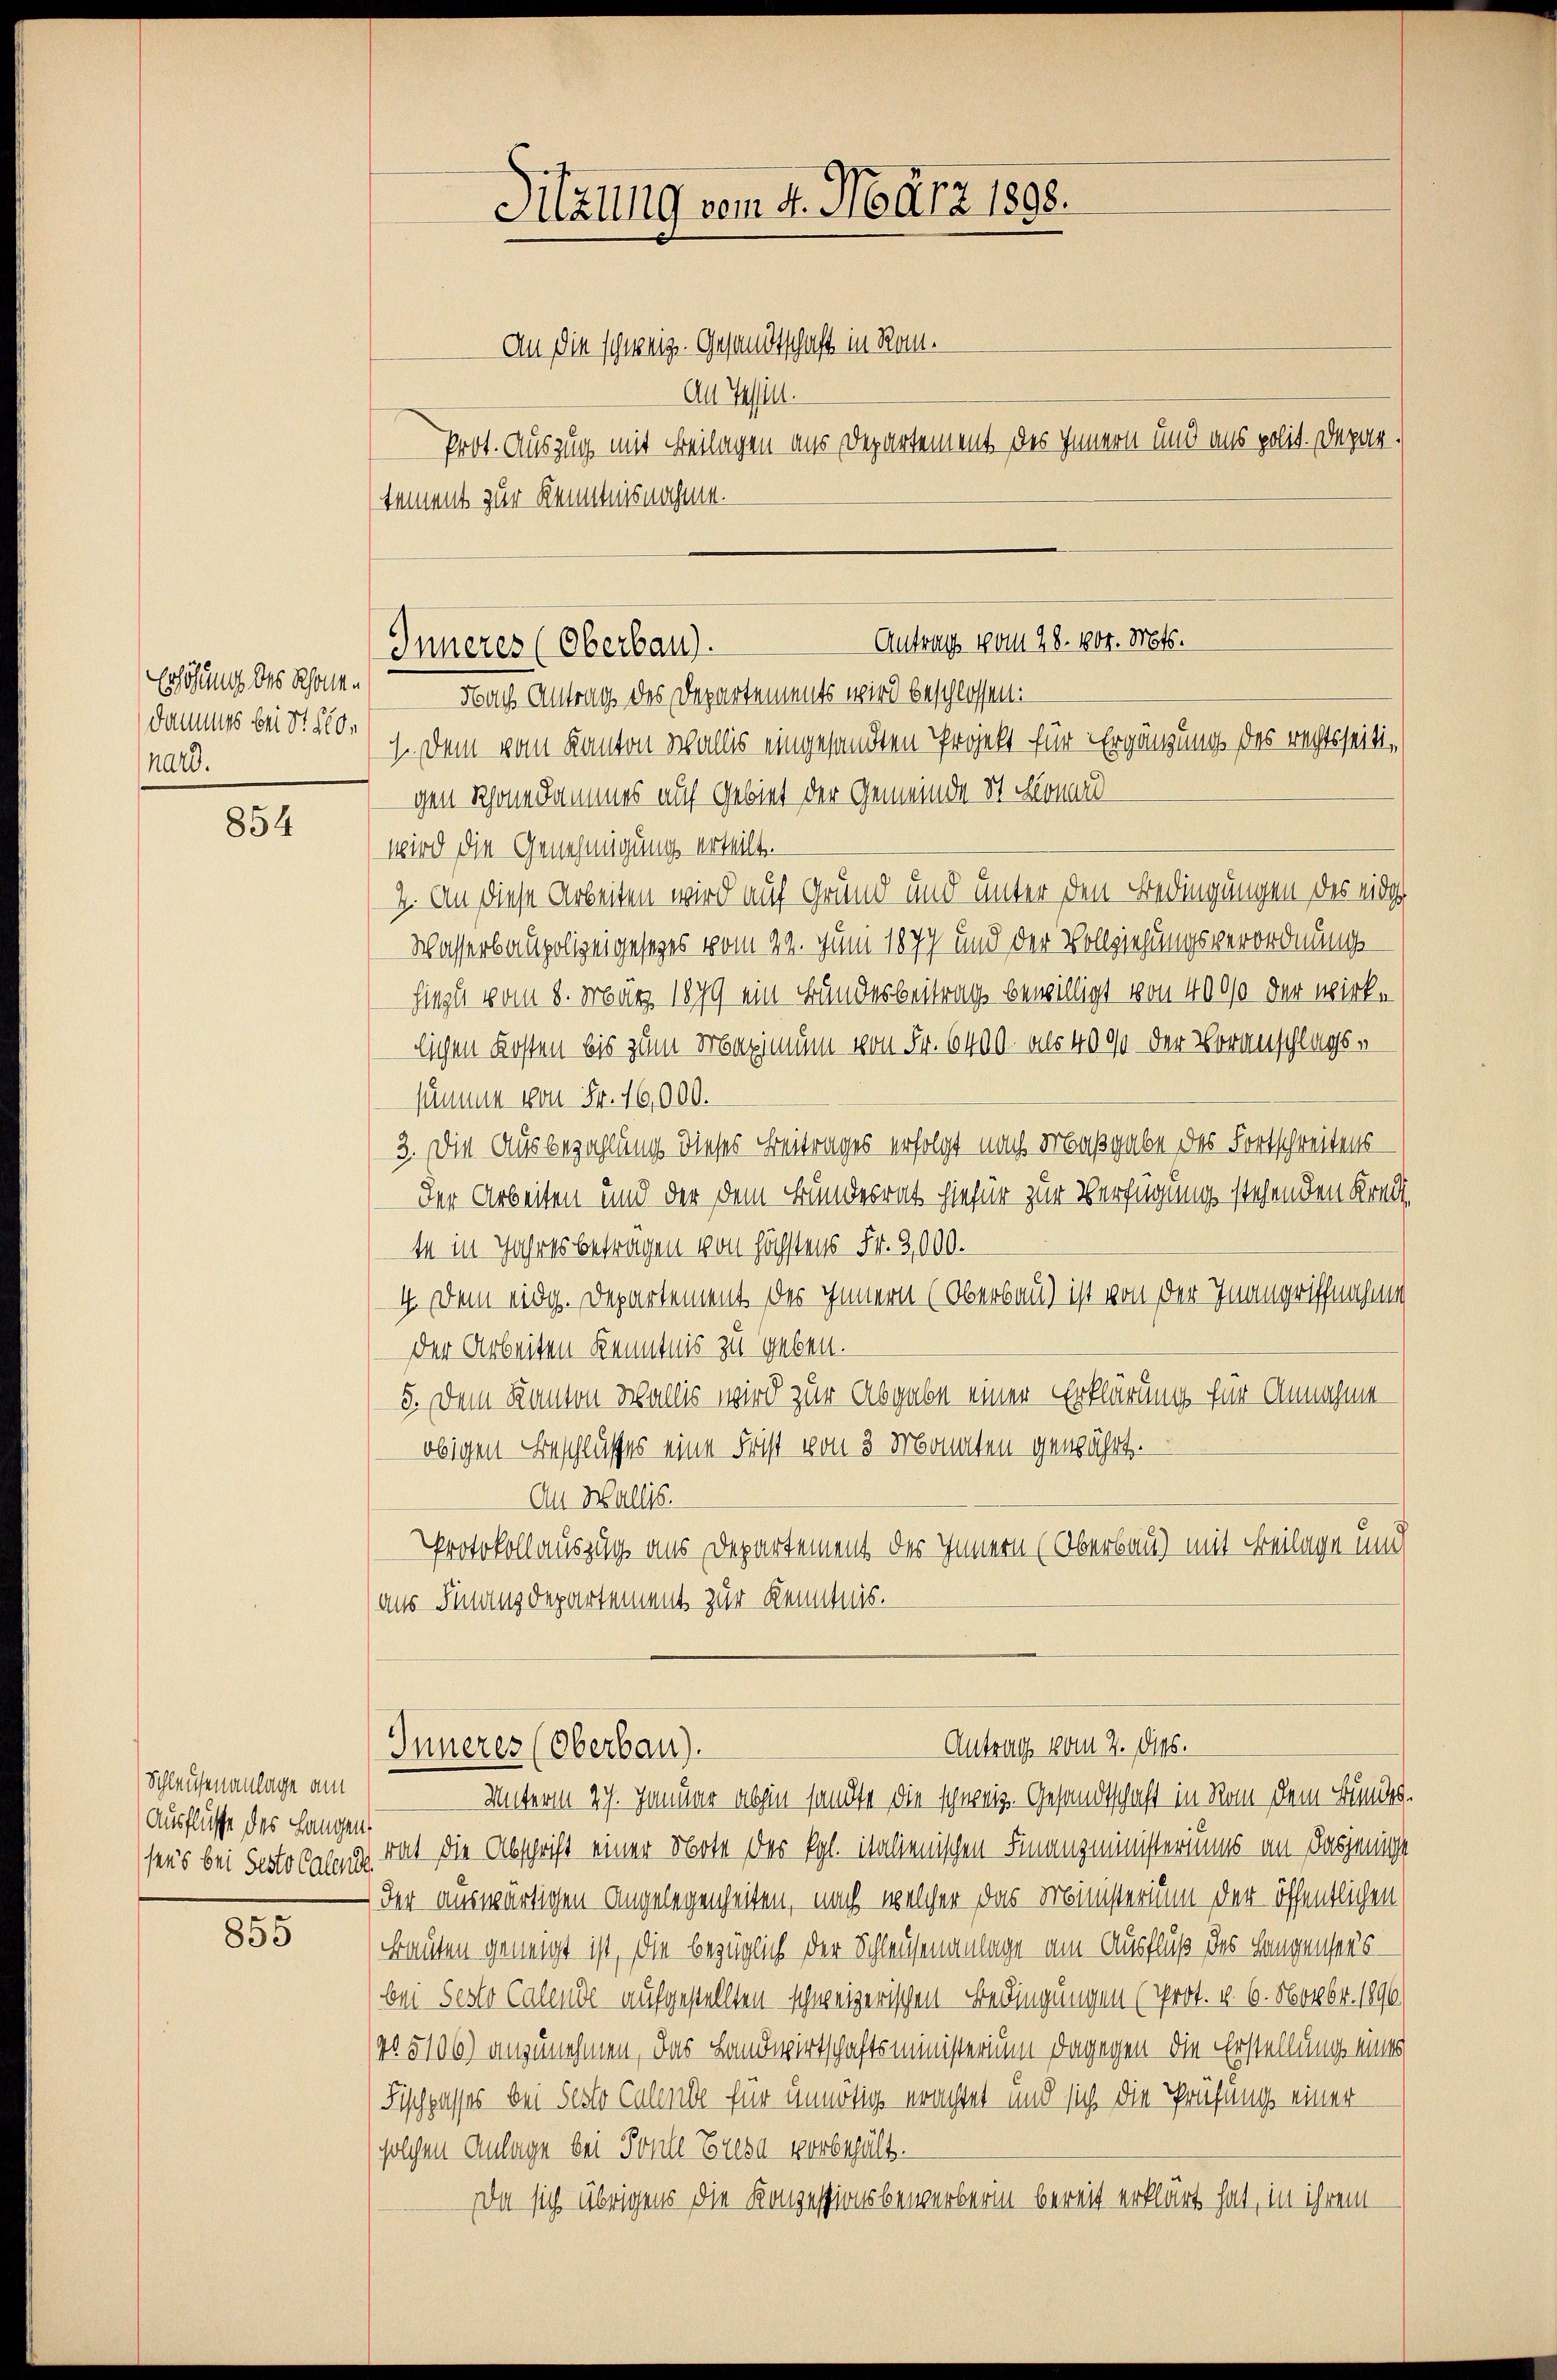
Erhöhung des Rhonen
Dammes bei Sr. Hohard.

854

Schleusenanlage am
Ausflüsse des Langen,

855

Sitzung vom 4. März 1898.

An die schweiz. Gesandtschaft in Rat.
An Tessin.
Prot. Auszug mit Beilagen aus Departement des Innern und ans polit. Departement zur Kenntnisnahme.

Antrag vom 28. 1804. Mts.
Inneres (Oberbau).
Nach Antrag des Departements wird beschlossen:
1. Dem vom Kanton Wallis eingesandten Projekt für Ergänzung des rechtsseiti¬

Antrag vom 2. dies.
Inneres (Oberbau).

gen Schöne Sammes auf Gebiet der Gemeinde St. Leonard
wird die Genehmigung ertheilt.
2. An diese Arbeiten wird auf Grund und unter den Bedingungen des eidg
Wasserbaupolizeigesetzes vom 24. Juni 1877 und der Vollziehungsverordnungshiezu vom 8. März 1879 ein Bundesbeitrag bewilligt von 4000 der wirklichen Kosten bis zum Maximum von Fr. 6400. als 400 der Voranschlags-
summe von Fr. 16,000.
3. Die Ausbezahlung dieses Beitrages erfolgt nach Maßgabe des Fortschreitens
der Arbeiten und der dem Bundesrat hiefür zur Verfügung stehenden Kreis
te in Jahres betragen von höchstens Fr. 2,000.
4. Dem eidg. Departement des Innern (Obersau) ist von der Inangriffnagung
der Arbeiten Kenntnis zu geben.
5. Dem Kanton Wallis wird zur Abgabe einer Erklärung für Annahme
obigen Beschlusses eine Frist von 3 Monaten gewährt.
An Wallis.
Protokollauszug aus Departement des Innern (Obersau) mit Beilage und
aus Finanzdepartement zur Kenntnis.

Unterm 27. Januar abhin sandte die schweiz. Gesandtschaft in Rom dem Bundes.
sees bei Festo lang rat die Abschrift einer Note der Kgl. italienischen Finanzministerims an dasjenige
 der auswärtigen Angelegenheiten, nach welcher das Ministerium der öffentlichen
Bauten geneigt ist, die bezüglich der Schleusenanlage am Ausfluß des Langensees
bei Sesto Calende aufgestellten schweizerischen Bedingungen (Prot. v. 6. 560064. 1896)
(No 5106) anzunehmen, das Landwirtschaftsministerium dagegen die Erstellung eines
Fischpasses bei Festo Calende für unnötig erachtet und sich die Prüfung einer
solchen Anlage bei Ponll Bresa vorbehält.
Da sich übrigens die Konzessionsbewerberin bereit erklärt hat, in ihrem